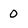
Character: 0